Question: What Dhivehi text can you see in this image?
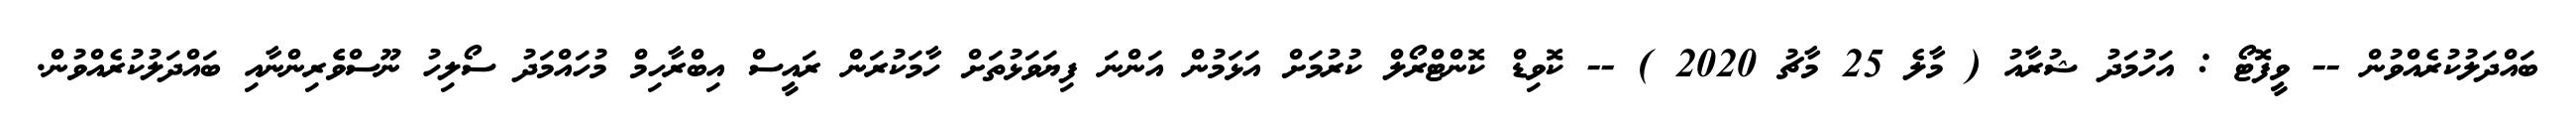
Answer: ބައްދަލުކުރެއްވުން -- ވީފޮޓޯ : އަހުމަދު ޝުރާއު ( މާލެ 25 މާޗު 2020 ) -- ކޮވިޑް ކޮންޓްރޯލް ކުރުމަށް އަޅަމުން އަންނަ ފިޔަވަޅުތަށް ހާމަކުރަން ރައީސް އިބްރާހިމް މުހައްމަދު ސޯލިހު ނޫސްވެެރިންނާއި ބައްދަލުކުރެއްވުން.